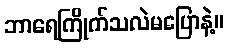
ဘာရေကြိုက်သလဲမပြောနဲ့။